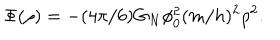
\Phi ( \rho ) = - ( 4 \pi / 6 ) G _ { N } \phi _ { 0 } ^ { 2 } ( m / h ) ^ { 2 } \rho ^ { 2 } .